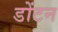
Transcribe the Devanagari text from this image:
डोंटन